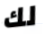
لك